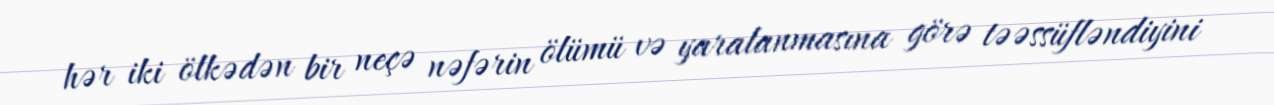
hər iki ölkədən bir neçə nəfərin ölümü və yaralanmasına görə təəssüfləndiyini